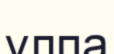
үлпа